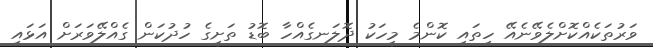
ވަރުތަކެއްކޮށްލެވޭނެއޭ ހިތައި ކޮންމެ މީހަކު ދޮލަނގެއްހާ ބޮޑު ތަށީގެ ހުދުކަން ގެއްލޭވަރަށް އަޅައި